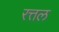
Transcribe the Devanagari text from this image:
रत्तल